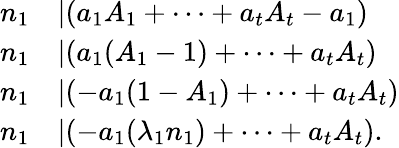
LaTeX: \begin{array}{rl}{n_{1}}&{|(a_{1}A_{1}+\cdots+a_{t}A_{t}-a_{1})}\\ {n_{1}}&{|(a_{1}(A_{1}-1)+\cdots+a_{t}A_{t})}\\ {n_{1}}&{|(-a_{1}(1-A_{1})+\cdots+a_{t}A_{t})}\\ {n_{1}}&{|(-a_{1}(\lambda_{1}n_{1})+\cdots+a_{t}A_{t}).}\end{array}